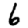
Digit: 6